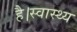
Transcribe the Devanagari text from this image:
है।स्वास्थ्य